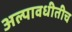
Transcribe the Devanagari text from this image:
अल्पावधीतीच